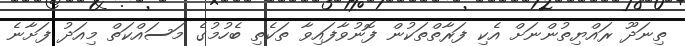
ތިނަދޫ ރައްޔިތުންނަށް އެކި ފަރާތްތަކުން ފޮނުވާފައިވާ ތަކެތި ބެހުމުގެ މަސައްކަތް މިއަދު ފަށާނެ